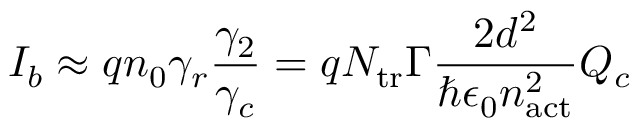
I _ { b } \approx q n _ { 0 } \gamma _ { r } \frac { \gamma _ { 2 } } { \gamma _ { c } } = q N _ { \mathrm { t r } } \Gamma \frac { 2 d ^ { 2 } } { \hbar \epsilon _ { 0 } n _ { \mathrm { a c t } } ^ { 2 } } Q _ { c }